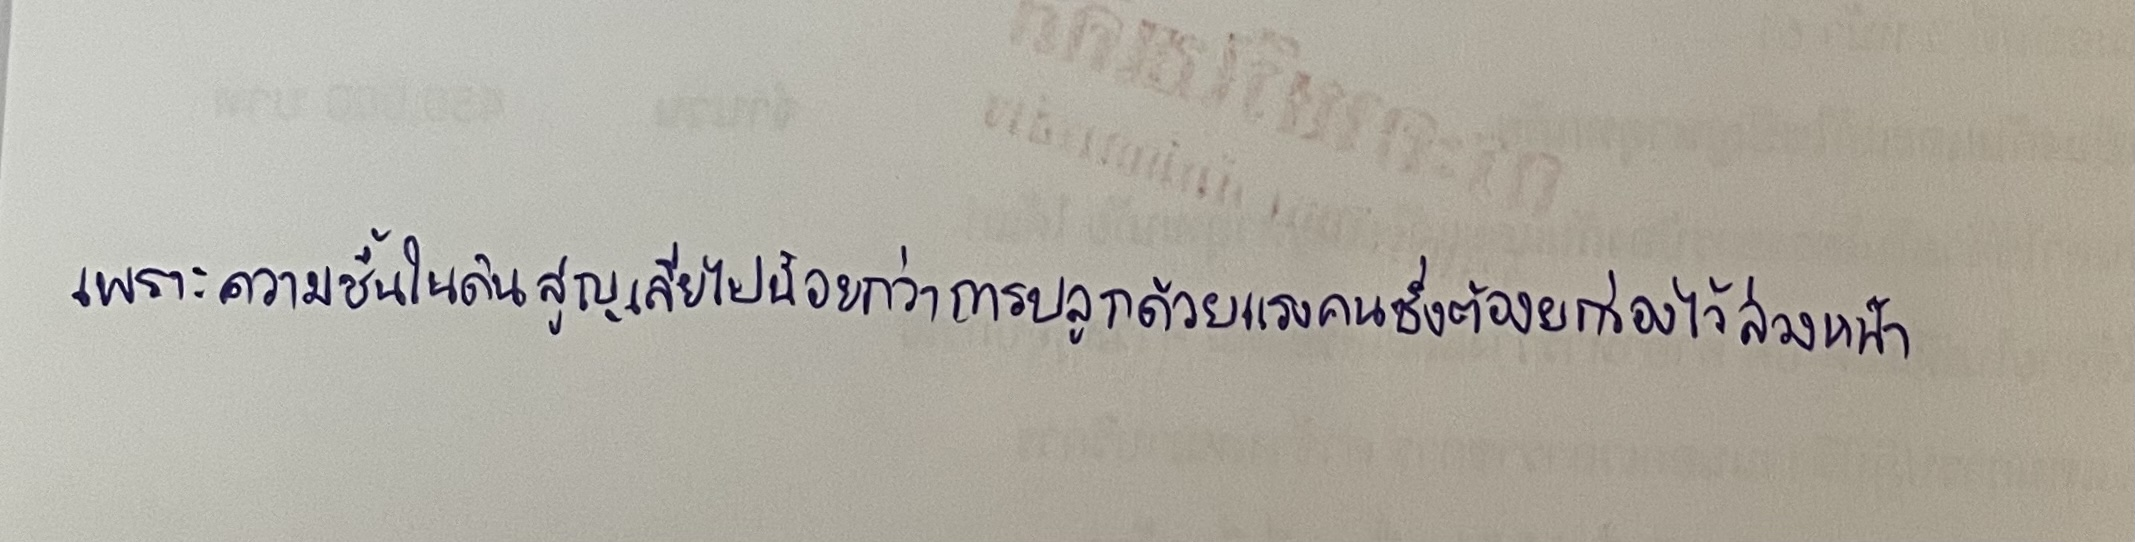
เพราะความชื้นในดินสูญเสียไปน้อยกว่าการปลูกด้วยแรงคนซึ่งต้องยกร่องไว้ล่วงหน้า